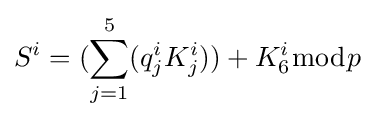
S^{i}=(\sum _{j=1}^{5}(q_{j}^{i}K_{j}^{i}))+K_{6}^{i}{\bmod {p}}